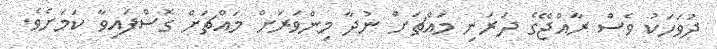
ދުވަހަކު ވެސް ރާއްޖޭގެ ދަރަނި މައްޗަށް ނުދާ މިންވަރަށް މައްޗަށް ގޮސްފައިވާ ކަމަށެވެ.